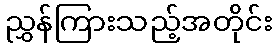
ညွှန်ကြားသည့်အတိုင်း